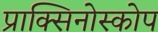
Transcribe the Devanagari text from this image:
प्राक्सिनोस्कोप